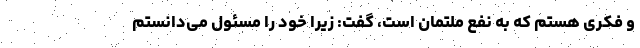
و فکری هستم که به نفع ملتمان است، گفت: زیرا خود را مسئول می‌دانستم